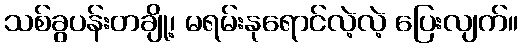
သစ်ခွပန်းတချို့၊ မရမ်းနုရောင်လဲ့လဲ့ ပြေးလျက်။